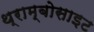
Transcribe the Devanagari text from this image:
थ्राम्बोसाइट